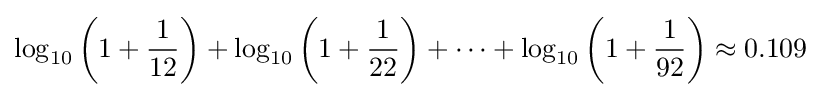
\log _{10}\left(1+{\frac {1}{12}}\right)+\log _{10}\left(1+{\frac {1}{22}}\right)+\cdots +\log _{10}\left(1+{\frac {1}{92}}\right)\approx 0.109